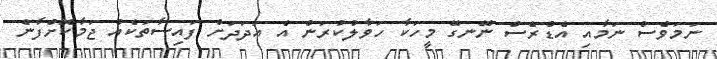
ނަމަވެސް ނަމާއި އެޑްރެސް ނޭނގޭ މީހަކާ ހަވާލުކުރަން އެ އަދަދަށް ފައިސާތަކެއް ޖަމާކޮށްފާނެ